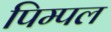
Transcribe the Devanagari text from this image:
पिम्पल